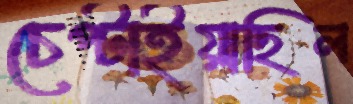
চেপ্‌টাইয়াছিল